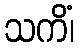
သကိံ၊